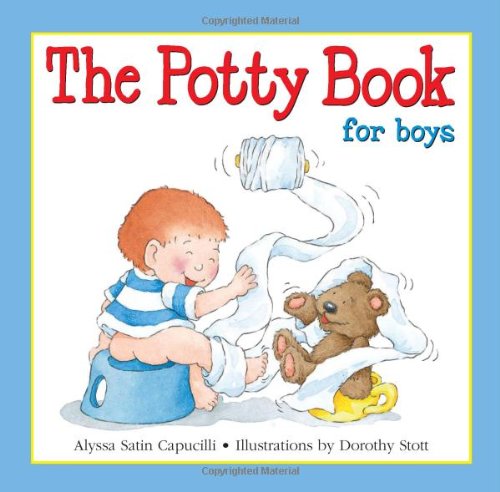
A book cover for The Potty Book: For Boys; Alyssa Satin Capucilli; Children's Books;